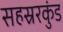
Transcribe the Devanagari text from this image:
सहस्ररकुंड